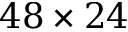
4 8 \times 2 4